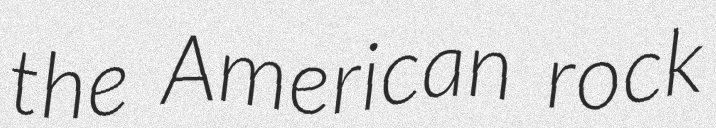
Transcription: the American rock